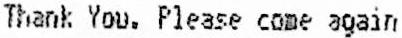
THANK YOU, PLEASE COME AGAIN